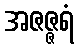
အဇဇ္ဇရံ